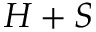
H + S